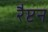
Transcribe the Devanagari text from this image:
रैप्टन